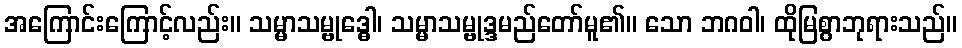
အကြောင်းကြောင့်လည်း။ သမ္မာသမ္ဗုဒ္ဓေါ၊ သမ္မာသမ္ဗုဒ္ဒမည်တော်မူ၏။ သော ဘဂဝါ၊ ထိုမြစွာဘုရားသည်။